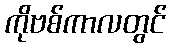
ကိုဗစ်ကာလတွင်